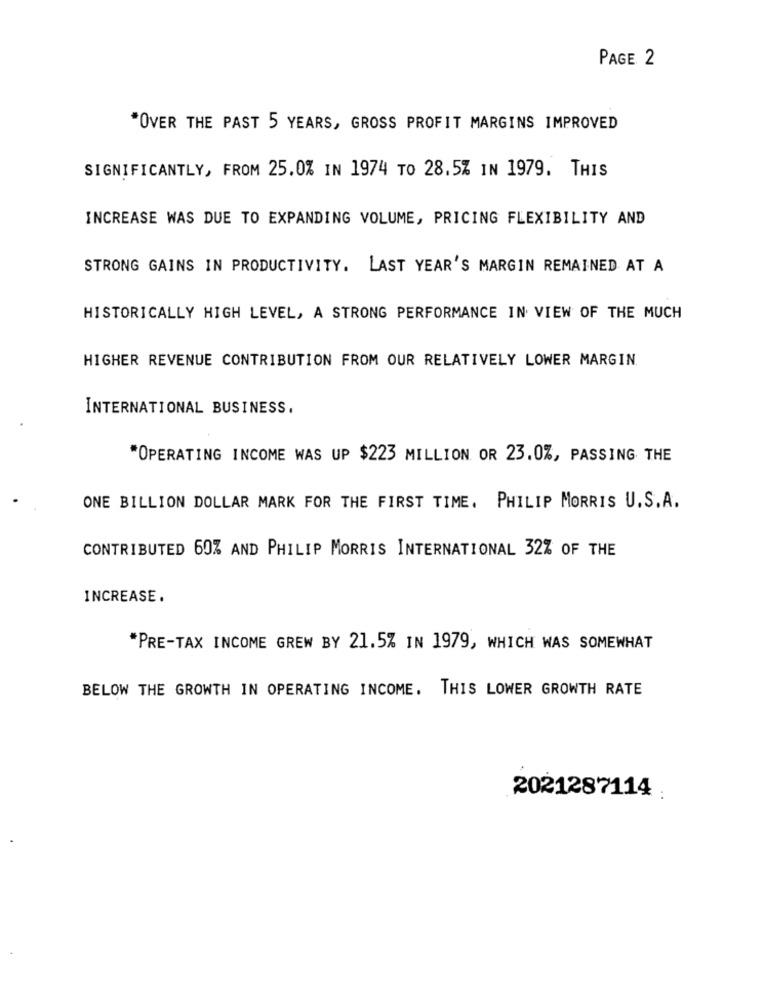
PAGE 2
"OVER THE PAST 5 YEARS, GROSS PROFIT MARGINS IMPROVED
SIGNIFICANTLY, FROM 25.0% IN 1974 TO 28.5% IN 1979. THIS
INCREASE WAS DUE TO EXPANDING VOLUME, PRICING FLEXIBILITY AND
STRONG GAINS IN PRODUCTIVITY. LAST YEAR'S MARGIN REMAINED AT A
HISTORICALLY HIGH LEVEL, A STRONG PERFORMANCE IN VIEW OF THE MUCH
HIGHER REVENUE CONTRIBUTION FROM OUR RELATIVELY LOWER MARGIN
INTERNATIONAL BUSINESS.
"OPERATING INCOME WAS UP $223 MILLION OR 23.0%, PASSING THE
ONE BILLION DOLLAR MARK FOR THE FIRST TIME. PHILIP MORRIS U.S.A.
CONTRIBUTED 60% AND PHILIP MORRIS INTERNATIONAL 32% OF THE
INCREASE.
*PRE-TAX INCOME GREW BY 21.5% IN 1979, WHICH WAS SOMEWHAT
BELOW THE GROWTH IN OPERATING INCOME. THIS LOWER GROWTH RATE
2021287114